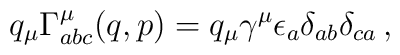
q_\mu \Gamma^\mu_{abc}(q,p) = q_\mu  \gamma^\mu \epsilon_a \delta_{ab} \delta_{ca}\, ,